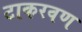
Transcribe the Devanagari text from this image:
टाकरवण